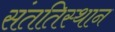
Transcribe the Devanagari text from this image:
संततिस्थान